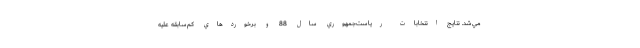
مي‌شد. نتايج انتخابات رياست‌جمهوري سال 88 و برخوردهاي كم‌سابقه عليه